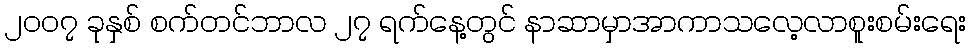
၂၀၀၇ ခုနှစ် စက်တင်ဘာလ ၂၇ ရက်နေ့တွင် နာဆာမှာအာကာသလေ့လာစူးစမ်းရေး